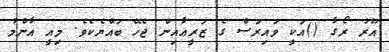
އޫރު ރޯގާ ()އަކީ ވައިރަސް ގެ ޒަރީޢާއިން ޖެހޭ ބައްޔެކެވެ. މިއީ އާންމު